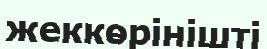
жеккөрінішті